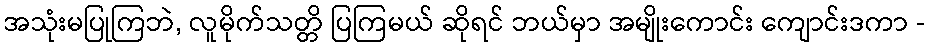
အသုံးမပြုကြဘဲ, လူမိုက်သတ္တိ ပြကြမယ် ဆိုရင် ဘယ်မှာ အမျိုးကောင်း ကျောင်းဒကာ -